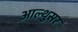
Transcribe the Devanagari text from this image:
आल्थुसर